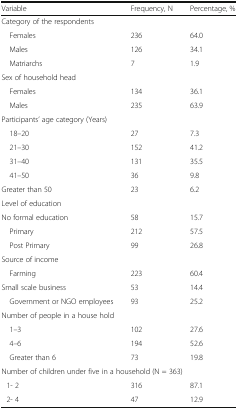
<table><thead><tr><td><b>Variable</b></td><td><b>Frequency, N</b></td><td><b>Percentage, %</b></td></tr></thead><tbody><tr><td colspan="3">Category of the respondents</td></tr><tr><td> Females</td><td>236</td><td>64.0</td></tr><tr><td> Males</td><td>126</td><td>34.1</td></tr><tr><td> Matriarchs</td><td>7</td><td>1.9</td></tr><tr><td colspan="3">Sex of household head</td></tr><tr><td> Females</td><td>134</td><td>36.1</td></tr><tr><td> Males</td><td>235</td><td>63.9</td></tr><tr><td colspan="3">Participants’ age category (Years)</td></tr><tr><td> 18–20</td><td>27</td><td>7.3</td></tr><tr><td> 21–30</td><td>152</td><td>41.2</td></tr><tr><td> 31–40</td><td>131</td><td>35.5</td></tr><tr><td> 41–50</td><td>36</td><td>9.8</td></tr><tr><td>Greater than 50</td><td>23</td><td>6.2</td></tr><tr><td colspan="3">Level of education</td></tr><tr><td>No formal education</td><td>58</td><td>15.7</td></tr><tr><td> Primary</td><td>212</td><td>57.5</td></tr><tr><td> Post Primary</td><td>99</td><td>26.8</td></tr><tr><td colspan="3">Source of income</td></tr><tr><td> Farming</td><td>223</td><td>60.4</td></tr><tr><td>Small scale business</td><td>53</td><td>14.4</td></tr><tr><td> Government or NGO employees</td><td>93</td><td>25.2</td></tr><tr><td colspan="3">Number of people in a house hold</td></tr><tr><td> 1–3</td><td>102</td><td>27.6</td></tr><tr><td> 4–6</td><td>194</td><td>52.6</td></tr><tr><td> Greater than 6</td><td>73</td><td>19.8</td></tr><tr><td colspan="3">Number of children under five in a household (N = 363)</td></tr><tr><td> 1- 2</td><td>316</td><td>87.1</td></tr><tr><td> 2- 4</td><td>47</td><td>12.9</td></tr></tbody></table>